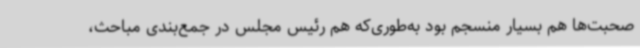
صحبت‌ها هم بسیار منسجم بود به‌طوری‌که هم رئیس مجلس در جمع‌بندی مباحث،